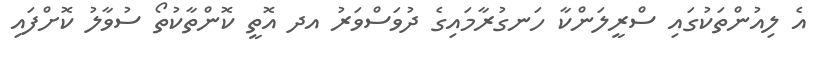
އެ ލިއުންތަކުގައި ސްރީލަންކާ ހަނގުރާމައިގެ ދުވަސްވަރު އދ އޮތީ ކޮންތާކުތޯ ސުވާލު ކޮށްފައި